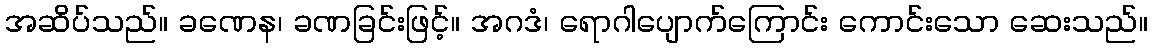
အဆိပ်သည်။ ခဏေန၊ ခဏခြင်းဖြင့်။ အဂဒံ၊ ရောဂါပျောက်ကြောင်း ကောင်းသော ဆေးသည်။